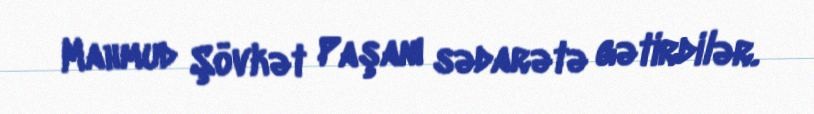
Mahmud Şövkət Paşanı sədarətə gətirdilər.